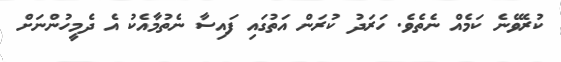
ކުރެވޭނެ ކަމެއް ނެތެވެ. ހަރަދު ކުރަން އަތުގައި ފައިސާ ނެތުމާއެކު އެ ދެމީހުންނަށް